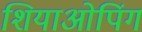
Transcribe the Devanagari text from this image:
शियाओपिंग